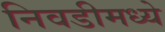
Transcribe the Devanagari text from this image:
निवडीमध्ये